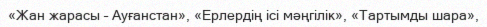
«Жан жарасы – Ауғанстан», «Ерлердің ісі мәңгілік», «Тартымды шара»,